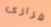
قرارى